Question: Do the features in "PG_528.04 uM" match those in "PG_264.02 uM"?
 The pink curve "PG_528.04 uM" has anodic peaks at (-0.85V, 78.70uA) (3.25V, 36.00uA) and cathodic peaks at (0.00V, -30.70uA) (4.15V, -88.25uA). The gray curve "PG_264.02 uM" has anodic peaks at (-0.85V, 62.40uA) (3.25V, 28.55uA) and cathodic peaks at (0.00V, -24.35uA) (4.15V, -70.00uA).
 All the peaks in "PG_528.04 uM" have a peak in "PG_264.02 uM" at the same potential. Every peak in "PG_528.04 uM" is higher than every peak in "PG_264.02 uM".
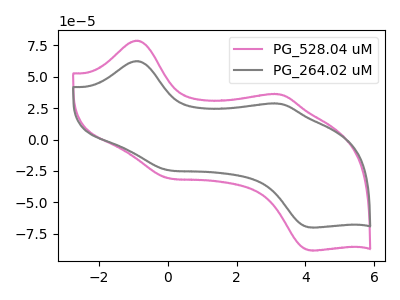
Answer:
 <answer>"PG_528.04 uM" and "PG_264.02 uM" are similar in shape.</answer>
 <eval>same_shape</eval>